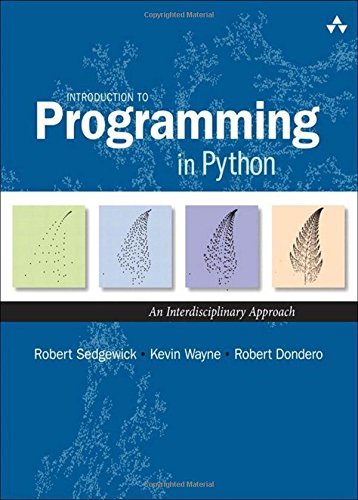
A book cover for Introduction to Programming in Python: An Interdisciplinary Approach; Robert Sedgewick; Computers & Technology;